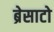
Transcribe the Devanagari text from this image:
ब्रेसाटो